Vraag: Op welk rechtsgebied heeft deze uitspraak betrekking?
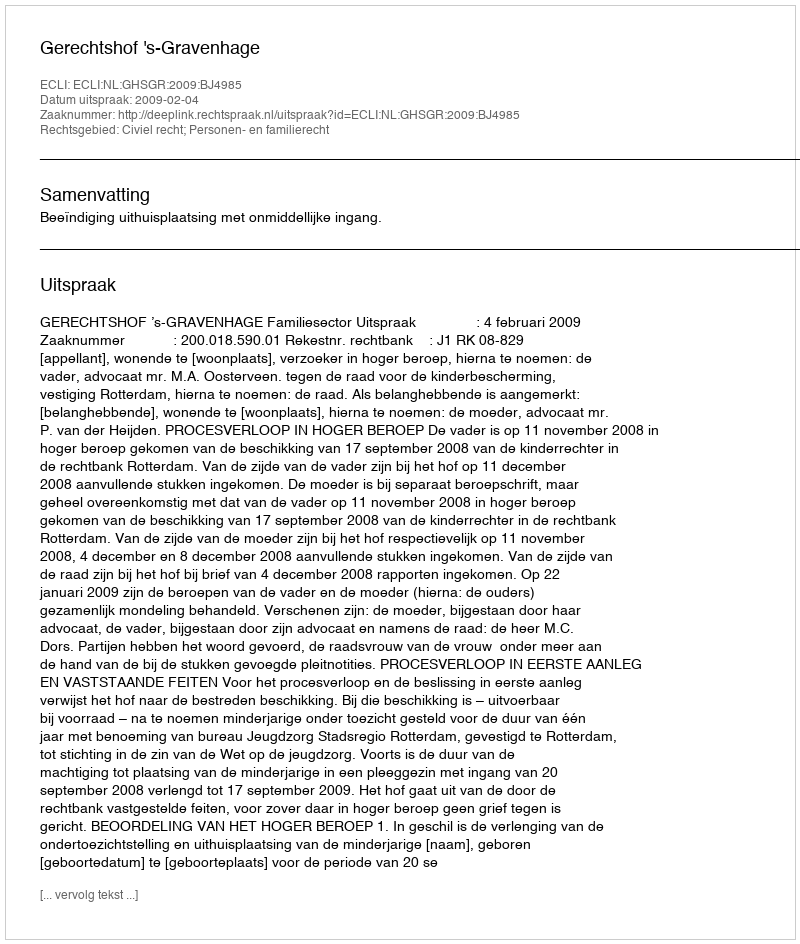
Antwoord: Civiel recht; Personen- en familierecht